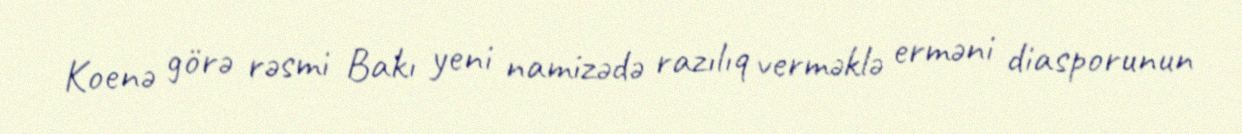
Koenə görə rəsmi Bakı yeni namizədə razılıq verməklə erməni diasporunun